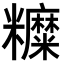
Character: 𥽰